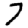
Digit: 7